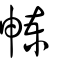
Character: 朄